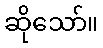
ဆိုသော်။